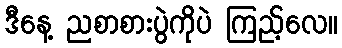
ဒီနေ့ ညစာစားပွဲကိုပဲ ကြည့်လေ။